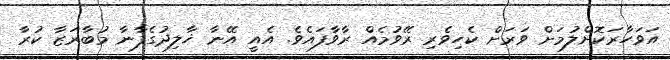
އަވަހާރަކޮށްލުމަށް ވަރަށް ކެހިވެރި ރޭވުމެއް ރާވާފައެވެ. އެއީ އޭނާ ޚާލިދުގެފާނާ މުބާރަޒާ ކުރާ